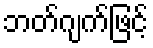
ဘတ်ဂျက်ဖြင့်